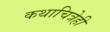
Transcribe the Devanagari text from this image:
कथाचित्रेही